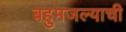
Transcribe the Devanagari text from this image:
बहुमजल्याची